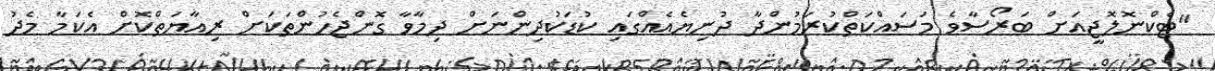
"ޓެކްނޮލޮޖީއަށް ބަރޯސާވެ މަސައްކަތްކުރަމުންދާ ދުނިޔެއެެއްގައި ކުޑަކުދިންނަށް ދިމާވާ ގޮންޖެހުންތަކަށް ރިއާޔަތްކޮށް އެކަމާ މެދު